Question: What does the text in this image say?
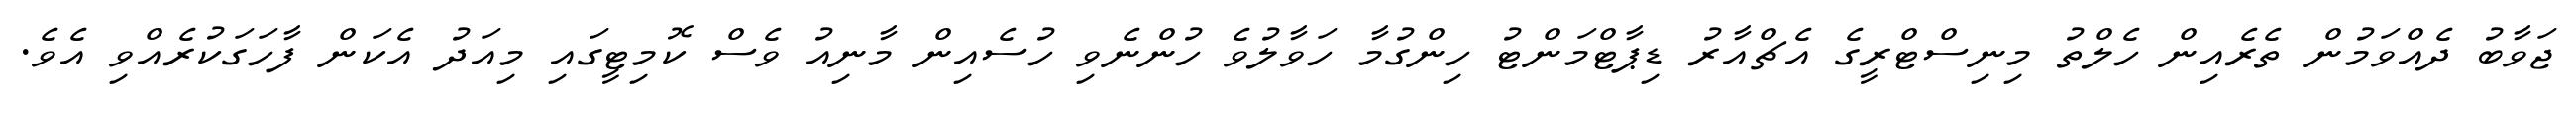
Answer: ޖަވާބު ދެއްވަމުން ތެރެއިން ހެލްތު މިނިސްޓްރީގެ އެޗްއާރު ޑިޕާޓްމަންޓު ހިންގުމާ ހަވާލުވެ ހުންނެވި ހުސެއިން މާނިއު ވެސް ކޮމިޓީގައި މިއަދު އެކަން ފާހަގަކުރެއްވި އެވެ.